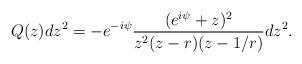
LaTeX: \begin{align*} Q(z) dz^2 = - e^{- i \psi} \frac{(e^{i \psi} + z)^2}{z^2 (z-r)(z-1/r)} dz^2. \end{align*}